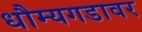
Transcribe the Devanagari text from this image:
धौम्यगडावर